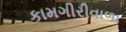
કામગીરીવાળા